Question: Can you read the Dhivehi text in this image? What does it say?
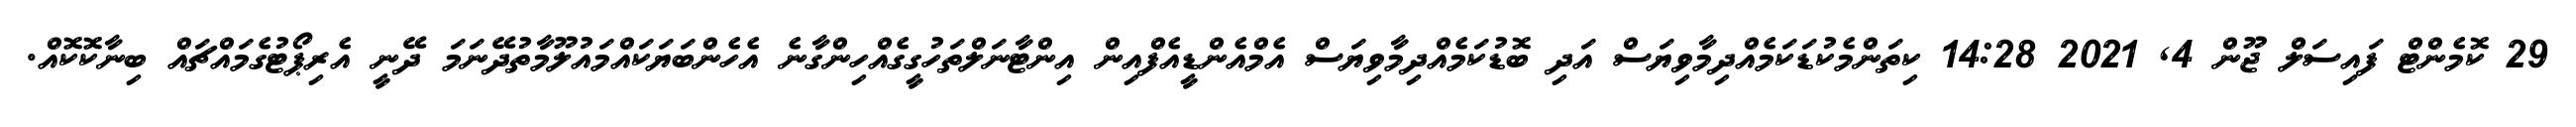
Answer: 29 ކޮމެންޓް ފައިސަލް ޖޫން 4, 2021 14:28 ކިތަންމެކުޑަކަމެއްދިމާވިޔަސް އަދި ބޮޑުކަމެއްދިމާވިޔަސް އެމްއެންޑީއެފްއިން އިންޓާނަލްތަހުގީގެއްހިންގާނެ އެހެންބަޔަކައްމައުލޫމާތުދޭނަމަ ދޭނީ އެރިޕޯޓުގެމައްޗައް ބިނާކޮކޮއް.